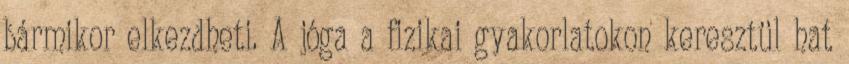
bármikor elkezdheti. A jóga a fizikai gyakorlatokon keresztül hat